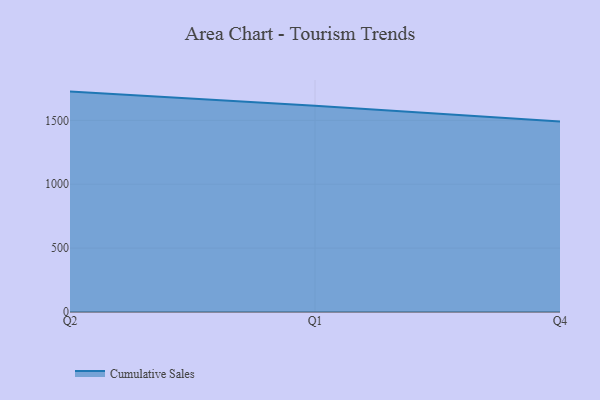
{"axis": {"x": "Quarter", "y": "Inventory Turnover"}, "legend": ["Cumulative Sales"], "data": [{"x": "Q2", "y": 1724.8, "type": "Cumulative Sales"}, {"x": "Q1", "y": 1614.0, "type": "Cumulative Sales"}, {"x": "Q4", "y": 1490.0, "type": "Cumulative Sales"}]}